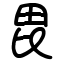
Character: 毘